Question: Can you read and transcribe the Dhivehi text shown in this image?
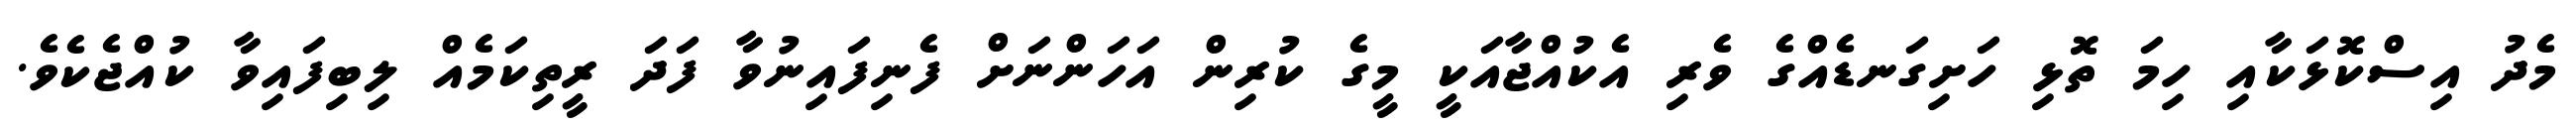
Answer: މެދު އިސްކޮޅަކާއި ހިމަ ތޮޅި ހަށިގަނޑެއްގެ ވެރި އެކުއްޖާއަކީ މީގެ ކުރިން އަހަންނަށް ފެނިފައިނުވާ ފަދަ ރީތިކަމެއް ލިބިފައިވާ ކުއްޖެކެވެ.